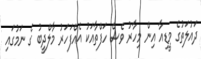
ދައުލަތުގެ މީޑިއާ އިން މިހާރު ވެސް ހަފްތާއަކު އެއްފަހަރު މާލްދީބު ގެ ނަމުގައި